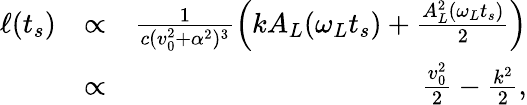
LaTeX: \begin{array}{rlr}{\ell(t_{s})}&{\propto}&{\frac{1}{c(v_{0}^{2}+\alpha^{2})^{3}}\Big(kA_{L}(\omega_{L}t_{s})+\frac{A_{L}^{2}(\omega_{L}t_{s})}{2}\Big)}\\ &{\propto}&{\frac{v_{0}^{2}}{2}-\frac{k^{2}}{2},}\end{array}